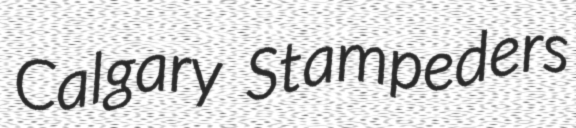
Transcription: Calgary Stampeders